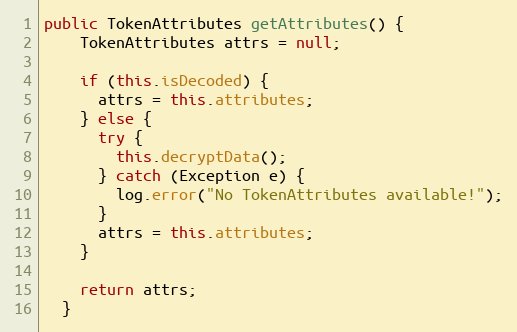
Language: Java
public TokenAttributes getAttributes() {
    TokenAttributes attrs = null;

    if (this.isDecoded) {
      attrs = this.attributes;
    } else {
      try {
        this.decryptData();
      } catch (Exception e) {
        log.error("No TokenAttributes available!");
      }
      attrs = this.attributes;
    }

    return attrs;
  }